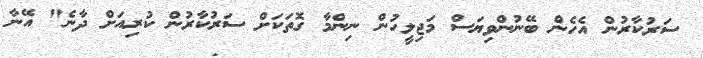
ސަރުކާރުން އެހެން ބޭނުންވިޔަސް މަޖިލީހުން ނިންމާ ގޮތަކަށް ސަރުކާރުން ކުރިއަށް ދާނެ" އޭނާ